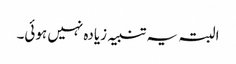
البتہ یہ تنبیہ زیادہ نہیں ہوئی۔